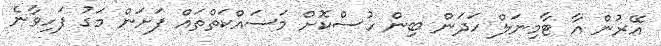
އޭރުން އާ ޓާމިނަލް ހަދަން ބިން ހުސްކޮށް މަސައްކަތްތައް ފަށަން މަގު ފަހިވާނެ